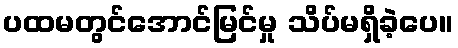
ပထမတွင်အောင်မြင်မှု သိပ်မရှိခဲ့ပေ။